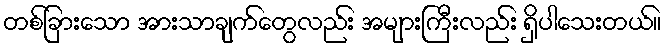
တစ်ခြားသော အားသာချက်တွေလည်း အများကြီးလည်း ရှိပါသေးတယ်။